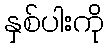
နှစ်ပါးကို